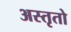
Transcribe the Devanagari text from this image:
अस्तृतो